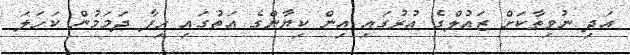
އަދި ނުވިތާކަށް ޒައުލްގެ އުރުގައި އިން ކިޔާންގެ އަތުގައި ހިފާ ދަމަމުން ކަހަލަ